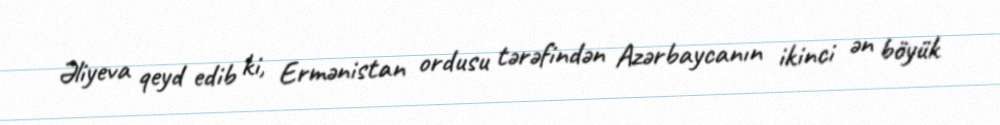
Əliyeva qeyd edib ki, Ermənistan ordusu tərəfindən Azərbaycanın ikinci ən böyük